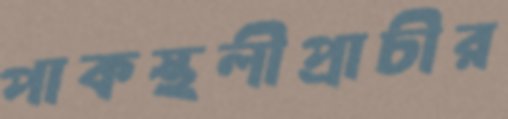
পাকস্থলীপ্রাচীর